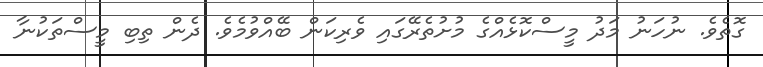
ގޮތެވެ. ނުހަނު މަދު މީސްކޮޅެއްގެ މުށުތެރޭގައި ވެރިކަން ބޭއްވުމެވެ. ދެން ތިބި މީސްތަކުނާ